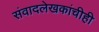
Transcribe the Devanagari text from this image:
संवादलेखकांचीही